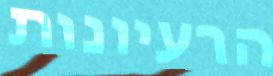
הרעיונות